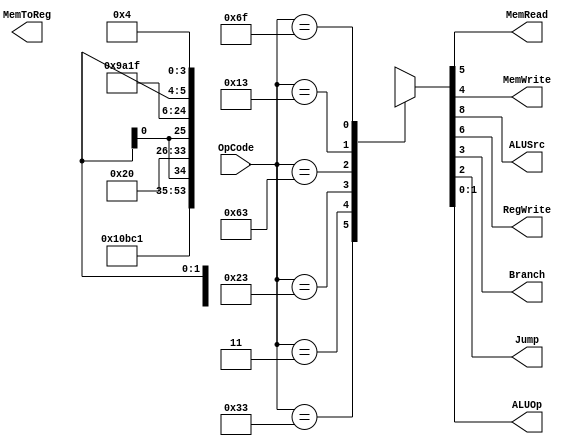
module Control(
  input [6:0] OpCode,
  output MemRead, MemWrite, MemToReg, ALUSrc, RegWrite, Branch, Jump,
  output [1:0] ALUOp);
  reg [8:0] control;
  always @(*)
  begin
    case (OpCode)
      7'b0110011 : control <= 9'b001000010; // R-type
		7'b0000011 : control <= 9'b111100000; // L-type [ld]
		7'b0100011 : control <= 9'b1x0010000; // S-type
		7'b1100011 : control <= 9'b0x0001001; // SB-type
		7'b0010011 : control <= 9'b101000011; // I-type
		7'b1101111 : control <= 9'b111xx0100; // jal-type
		default : control    <= 9'bxxxxxxxxx;
    endcase
  end
  
  assign {ALUSrc, MemtoReg, RegWrite, MemRead, MemWrite, Branch, Jump, ALUOp} = control;

endmodule